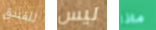
للفندق ليس ماذا